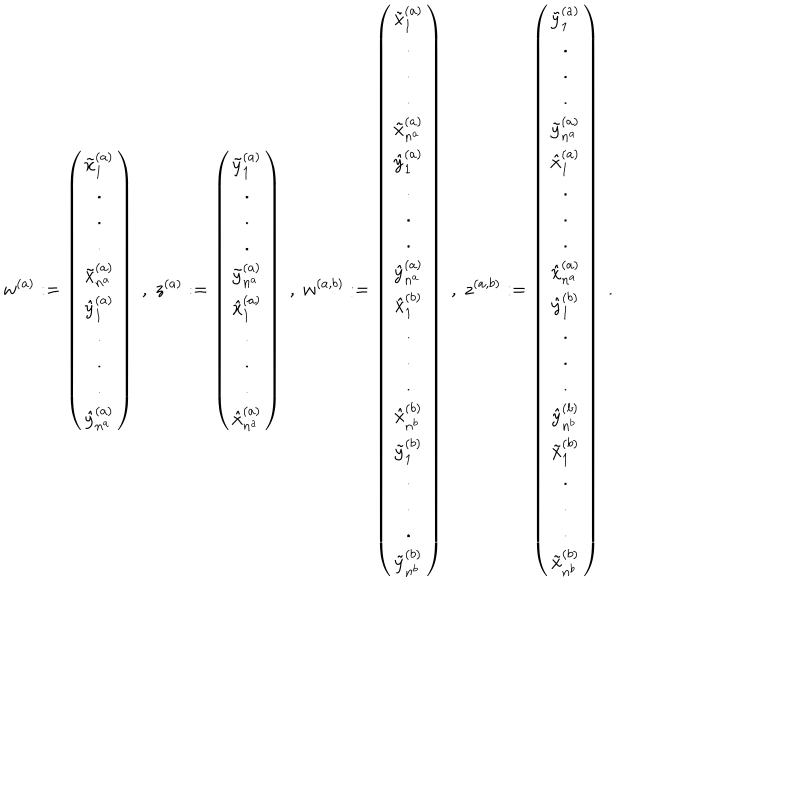
w ^ { ( a ) } : = \left( \begin{array} { c } { { \tilde { x } _ { 1 } ^ { ( a ) } } } \\ { { . } } \\ { { . } } \\ { { . } } \\ { { \tilde { x } _ { n ^ { a } } ^ { ( a ) } } } \\ { { \hat { y } _ { 1 } ^ { ( a ) } } } \\ { { . } } \\ { { . } } \\ { { . } } \\ { { \hat { y } _ { n ^ { a } } ^ { ( a ) } } } \\ \end{array} \right) \; , \; z ^ { ( a ) } : = \left( \begin{array} { c } { { \tilde { y } _ { 1 } ^ { ( a ) } } } \\ { { . } } \\ { { . } } \\ { { . } } \\ { { \tilde { y } _ { n ^ { a } } ^ { ( a ) } } } \\ { { \hat { x } _ { 1 } ^ { ( a ) } } } \\ { { . } } \\ { { . } } \\ { { . } } \\ { { \hat { x } _ { n ^ { a } } ^ { ( a ) } } } \\ \end{array} \right) \; , \; w ^ { ( a , b ) } : = \left( \begin{array} { c } { { \tilde { x } _ { 1 } ^ { ( a ) } } } \\ { { . } } \\ { { . } } \\ { { . } } \\ { { \tilde { x } _ { n ^ { a } } ^ { ( a ) } } } \\ { { \hat { y } _ { 1 } ^ { ( a ) } } } \\ { { . } } \\ { { . } } \\ { { . } } \\ { { \hat { y } _ { n ^ { a } } ^ { ( a ) } } } \\ { { \hat { x } _ { 1 } ^ { ( b ) } } } \\ { { . } } \\ { { . } } \\ { { . } } \\ { { \hat { x } _ { n ^ { b } } ^ { ( b ) } } } \\ { { \tilde { y } _ { 1 } ^ { ( b ) } } } \\ { { . } } \\ { { . } } \\ { { . } } \\ { { \tilde { y } _ { n ^ { b } } ^ { ( b ) } } } \\ \end{array} \right) \; , \; z ^ { ( a , b ) } : = \left( \begin{array} { c } { { \tilde { y } _ { 1 } ^ { ( a ) } } } \\ { { . } } \\ { { . } } \\ { { . } } \\ { { \tilde { y } _ { n ^ { a } } ^ { ( a ) } } } \\ { { \hat { x } _ { 1 } ^ { ( a ) } } } \\ { { . } } \\ { { . } } \\ { { . } } \\ { { \hat { x } _ { n ^ { a } } ^ { ( a ) } } } \\ { { \hat { y } _ { 1 } ^ { ( b ) } } } \\ { { . } } \\ { { . } } \\ { { . } } \\ { { \hat { y } _ { n ^ { b } } ^ { ( b ) } } } \\ { { \tilde { x } _ { 1 } ^ { ( b ) } } } \\ { { . } } \\ { { . } } \\ { { . } } \\ { { \tilde { x } _ { n ^ { b } } ^ { ( b ) } } } \\ \end{array} \right) \; .